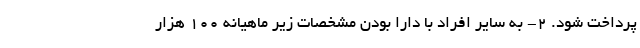
پرداخت شود. 2- به سایر افراد با دارا بودن مشخصات زیر ماهیانه 100 هزار